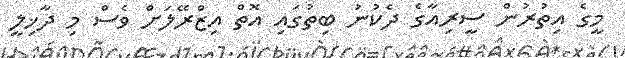
މީގެ އިތުރުން ސީރިއާގެ ދެކުނު ބިތުގައި އޮތް އިޒްރޭލަށް ވެސް މި ދާޚިލީ